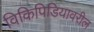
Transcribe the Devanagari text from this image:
विकिपिडियावरील